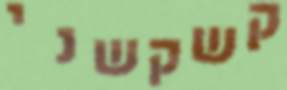
קשקשני